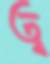
ত্ব